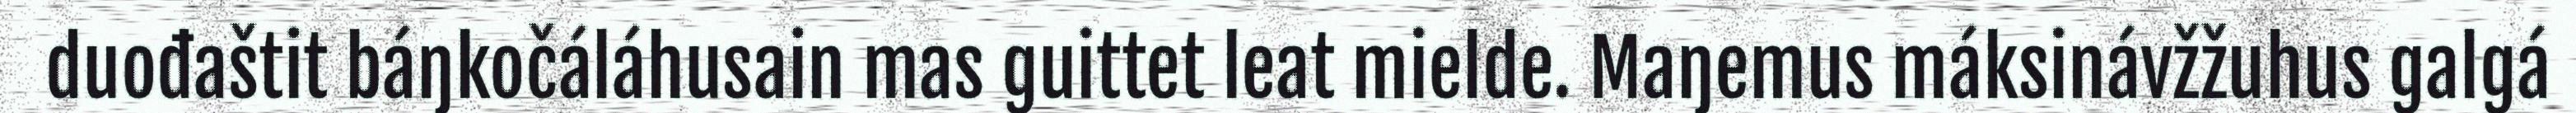
duođaštit báŋkočáláhusain mas guittet leat mielde. Maŋemus máksinávžžuhus galgá